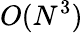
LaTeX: O(N^{3})